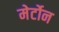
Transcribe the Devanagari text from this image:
मेर्टोन